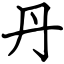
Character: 丹